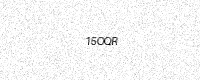
Text: 15OQR